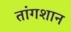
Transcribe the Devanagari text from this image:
तांगशान